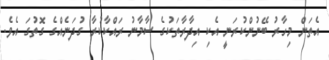
އެތަން މިހާރު ބޭނުންކުރަނީ އެކި އިދާރާތަކުގެ ސާމާނު ރައްކާކުރާ ގުދަނެއްގެ ގޮތުގަ އެވެ.